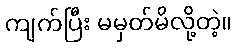
ကျက်ပြီး မမှတ်မိလို့တဲ့။